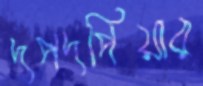
দপদপিয়ার